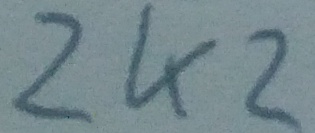
Text: 2K2